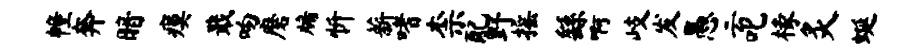
幢奔暗瘼戢吻磨牖忻薪嗜柰配野摇繇啊岐发愚云叱椽炙蜒